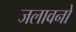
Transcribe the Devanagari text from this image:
जलावनों